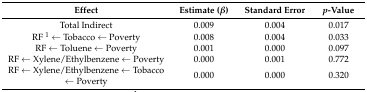
<table><thead><tr><td><b>Effect</b></td><td><b>Estimate (<i>β</i>)</b></td><td><b>Standard Error</b></td><td><b><i>p</i>-Value</b></td></tr></thead><tbody><tr><td>Total Indirect</td><td>0.009</td><td>0.004</td><td>0.017</td></tr><tr><td>RF <sup>1</sup> ← Tobacco ← Poverty</td><td>0.008</td><td>0.004</td><td>0.033</td></tr><tr><td>RF ← Toluene ← Poverty</td><td>0.001</td><td>0.000</td><td>0.097</td></tr><tr><td>RF ← Xylene/Ethylbenzene ← Poverty</td><td>0.000</td><td>0.001</td><td>0.772</td></tr><tr><td>RF ← Xylene/Ethylbenzene ← Tobacco ← Poverty</td><td>0.000</td><td>0.000</td><td>0.320</td></tr></tbody></table>